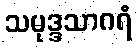
သမုဒ္ဒသာဂရံ